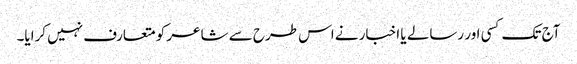
آج تک کسی اور رسالے یا اخبار نے اس طرح سے شاعر کو متعارف نہیں کرایا۔